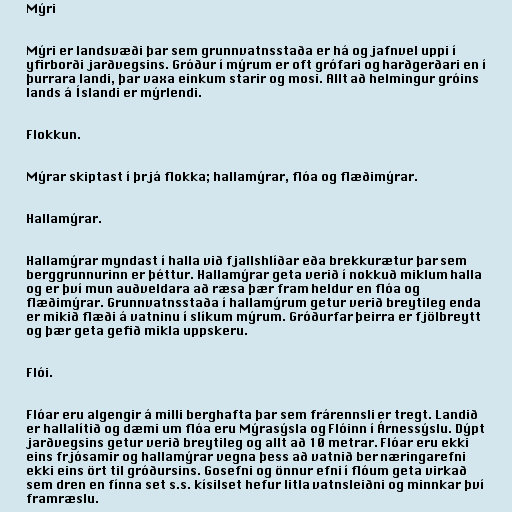
Mýri

Mýri er landsvæði þar sem grunnvatnsstaða er há og jafnvel uppi í
yfirborði jarðvegsins. Gróður í mýrum er oft grófari og harðgerðari en í
þurrara landi, þar vaxa einkum starir og mosi. Allt að helmingur gróins
lands á Íslandi er mýrlendi.

Flokkun.

Mýrar skiptast í þrjá flokka; hallamýrar, flóa og flæðimýrar.

Hallamýrar.

Hallamýrar myndast í halla við fjallshlíðar eða brekkurætur þar sem
berggrunnurinn er þéttur. Hallamýrar geta verið í nokkuð miklum halla
og er því mun auðveldara að ræsa þær fram heldur en flóa og
flæðimýrar. Grunnvatnsstaða í hallamýrum getur verið breytileg enda
er mikið flæði á vatninu í slíkum mýrum. Gróðurfar þeirra er fjölbreytt
og þær geta gefið mikla uppskeru.

Flói.

Flóar eru algengir á milli berghafta þar sem frárennsli er tregt. Landið
er hallalítið og dæmi um flóa eru Mýrasýsla og Flóinn í Árnessýslu. Dýpt
jarðvegsins getur verið breytileg og allt að 10 metrar. Flóar eru ekki
eins frjósamir og hallamýrar vegna þess að vatnið ber næringarefni
ekki eins ört til gróðursins. Gosefni og önnur efni í flóum geta virkað
sem dren en fínna set s.s. kísilset hefur litla vatnsleiðni og minnkar því
framræslu.